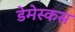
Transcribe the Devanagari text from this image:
डेमेस्कस